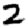
Digit: 2